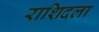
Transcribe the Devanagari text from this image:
राशिदला